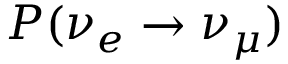
P ( \nu _ { e } \rightarrow \nu _ { \mu } )